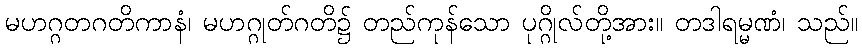
မဟဂ္ဂတဂတိကာနံ၊ မဟဂ္ဂုတ်ဂတိ၌ တည်ကုန်သော ပုဂ္ဂိုလ်တို့အား။ တဒါရမ္မဏံ၊ သည်။